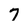
Character: 7